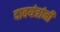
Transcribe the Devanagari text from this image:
दाबयंत्रांनी